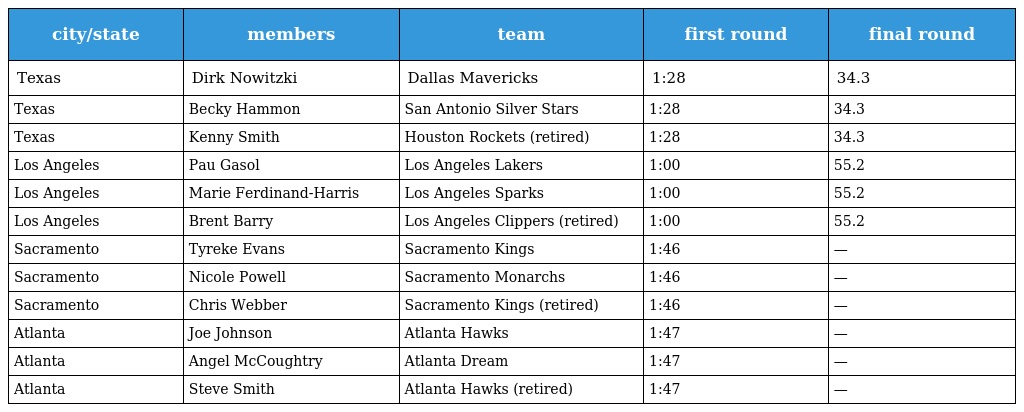
| city/state | members | team | first round | final round |
 | --- | --- | --- | --- | --- |
 | Texas | Dirk Nowitzki | Dallas Mavericks | 1:28 | 34.3 |
 | Texas | Becky Hammon | San Antonio Silver Stars | 1:28 | 34.3 |
 | Texas | Kenny Smith | Houston Rockets (retired) | 1:28 | 34.3 |
 | Los Angeles | Pau Gasol | Los Angeles Lakers | 1:00 | 55.2 |
 | Los Angeles | Marie Ferdinand-Harris | Los Angeles Sparks | 1:00 | 55.2 |
 | Los Angeles | Brent Barry | Los Angeles Clippers (retired) | 1:00 | 55.2 |
 | Sacramento | Tyreke Evans | Sacramento Kings | 1:46 | — |
 | Sacramento | Nicole Powell | Sacramento Monarchs | 1:46 | — |
 | Sacramento | Chris Webber | Sacramento Kings (retired) | 1:46 | — |
 | Atlanta | Joe Johnson | Atlanta Hawks | 1:47 | — |
 | Atlanta | Angel McCoughtry | Atlanta Dream | 1:47 | — |
 | Atlanta | Steve Smith | Atlanta Hawks (retired) | 1:47 | — |